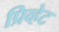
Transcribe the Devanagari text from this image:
प्रिव्हेट